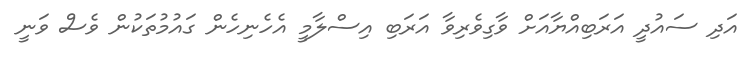
އަދި ސައުދީ އަރަބިއްޔާއަށް ވާގިވެރިވާ އަރަބި އިސްލާމީ އެހެނިހެން ގައުމުތަކުން ވެސް ވަނީ